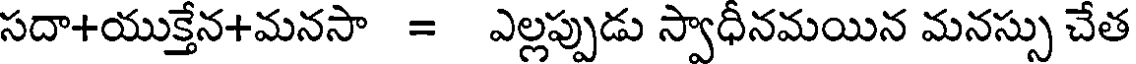
సదా+యుక్తేన+మనసా = ఎల్లప్పుడు స్వాధీనమయిన మనస్సు చేత